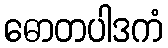
ဓောတပါဒကံ